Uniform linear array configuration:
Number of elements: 16
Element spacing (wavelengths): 1
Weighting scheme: uniform
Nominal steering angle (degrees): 30
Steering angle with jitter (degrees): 30.263
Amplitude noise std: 0.05
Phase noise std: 0.05

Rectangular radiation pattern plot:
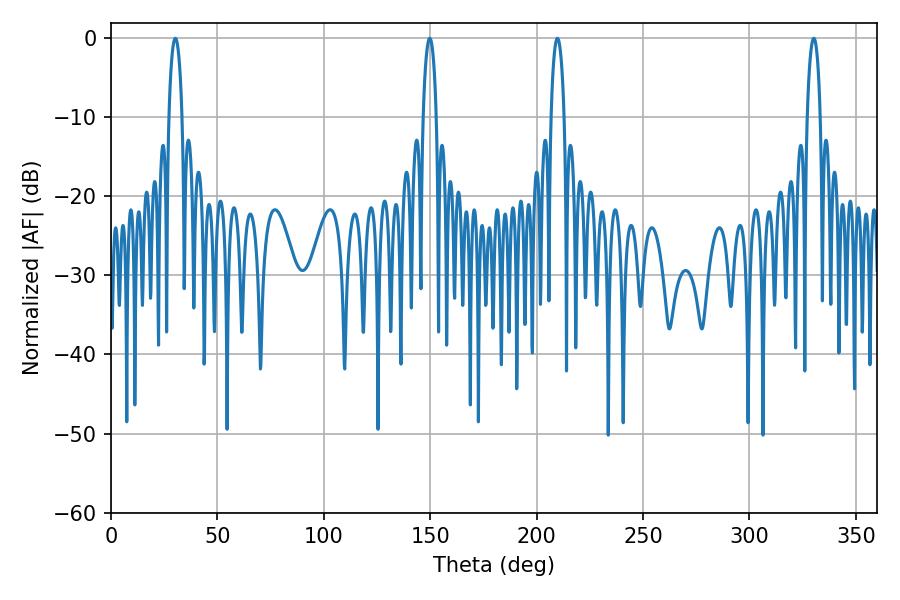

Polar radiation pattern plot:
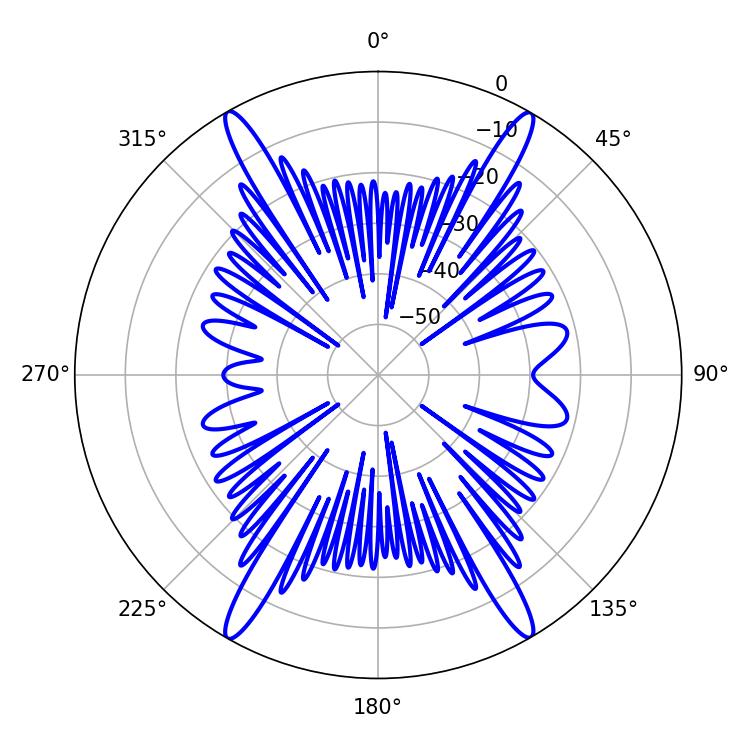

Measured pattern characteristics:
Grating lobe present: TRUE
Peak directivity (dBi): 28.041
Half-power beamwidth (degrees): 3.6
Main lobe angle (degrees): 30.24